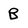
Character: B